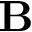
\mathbf { B }